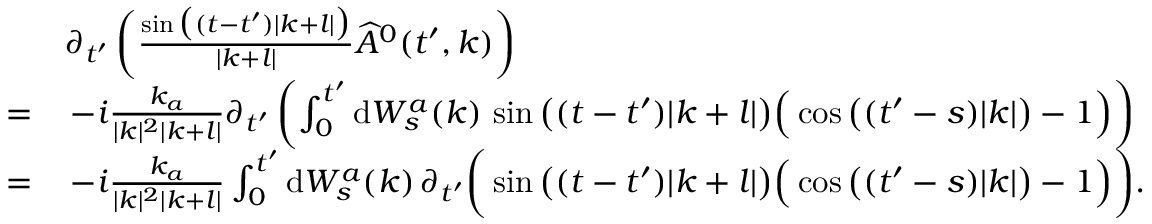
\begin{array} { r l } & { \partial _ { t ^ { \prime } } \left( \frac { \sin \big ( ( t - t ^ { \prime } ) | k + l | \big ) } { | k + l | } \widehat { A } ^ { 0 } ( t ^ { \prime } , k ) \right) } \\ { = } & { \, - i \frac { k _ { a } } { | k | ^ { 2 } | k + l | } \partial _ { t ^ { \prime } } \left( \int _ { 0 } ^ { t ^ { \prime } } \mathrm { d } W _ { s } ^ { a } ( k ) \, \sin \big ( ( t - t ^ { \prime } ) | k + l | \big ) \Big ( \cos \big ( ( t ^ { \prime } - s ) | k | \big ) - 1 \Big ) \right) } \\ { = } & { \, - i \frac { k _ { a } } { | k | ^ { 2 } | k + l | } \int _ { 0 } ^ { t ^ { \prime } } \mathrm { d } W _ { s } ^ { a } ( k ) \, \partial _ { t ^ { \prime } } \bigg ( \sin \big ( ( t - t ^ { \prime } ) | k + l | \big ) \Big ( \cos \big ( ( t ^ { \prime } - s ) | k | \big ) - 1 \Big ) \bigg ) . } \end{array}